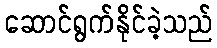
ဆောင်ရွက်နိုင်ခဲ့သည်